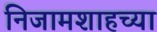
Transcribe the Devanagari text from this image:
निजामशाहच्या